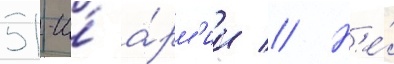
51-и́ а́рм'ии // Н'е́